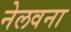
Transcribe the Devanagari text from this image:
नेलवना